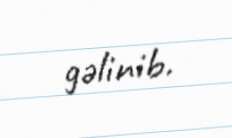
gəlinib.